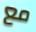
مع